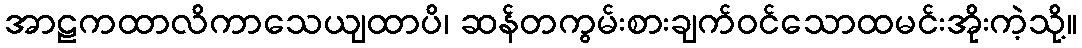
အာဠကထာလိကာသေယျထာပိ၊ ဆန်တကွမ်းစားချက်ဝင်သောထမင်းအိုးကဲ့သို့။